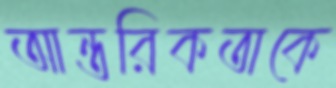
আন্তরিকতাকে